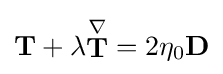
\mathbf {T} +\lambda {\stackrel {\nabla }{\mathbf {T} }}=2\eta _{0}\mathbf {D}